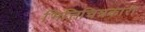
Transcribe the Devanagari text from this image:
भित्तिचित्रकारी